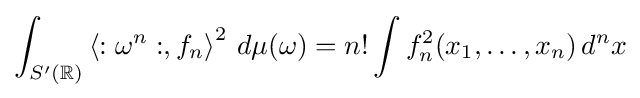
\int _{S'(\mathbb {R} )}\left\langle :\omega ^{n}:,f_{n}\right\rangle ^{2}\,d\mu (\omega )=n!\int f_{n}^{2}(x_{1},\ldots ,x_{n})\,d^{n}x